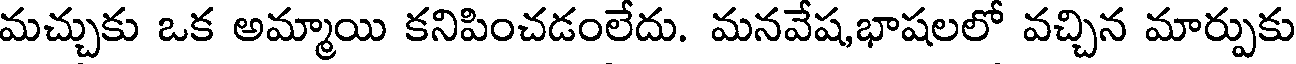
మచ్చుకు ఒక అమ్మాయి కనిపించడంలేదు. మనవేష,భాషలలో వచ్చిన మార్పుకు